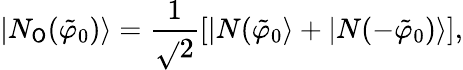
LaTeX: |N_{\mathsf{O}}(\tilde{{\varphi}}_{0})\rangle=\frac{{1}}{{\sqrt{}{{2}}}}[|N(\tilde{{\varphi}}_{0}\rangle+|N(-\tilde{{\varphi}}_{0})\rangle],